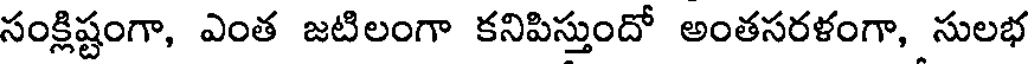
సంక్లిష్టంగా, ఎంత జటిలంగా కనిపిస్తుందో అంతసరళంగా, సులభ